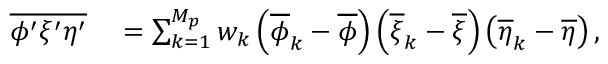
\begin{array} { r l } { \overline { { \phi ^ { \prime } \xi ^ { \prime } \eta ^ { \prime } } } } & { { } = \sum _ { k = 1 } ^ { M _ { p } } w _ { k } \left( \overline { { \phi } } _ { k } - \overline { { \phi } } \right) \left( \overline { { \xi } } _ { k } - \overline { { \xi } } \right) \left( \overline { { \eta } } _ { k } - \overline { { \eta } } \right) , } \end{array}